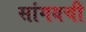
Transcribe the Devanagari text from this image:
सांगयची